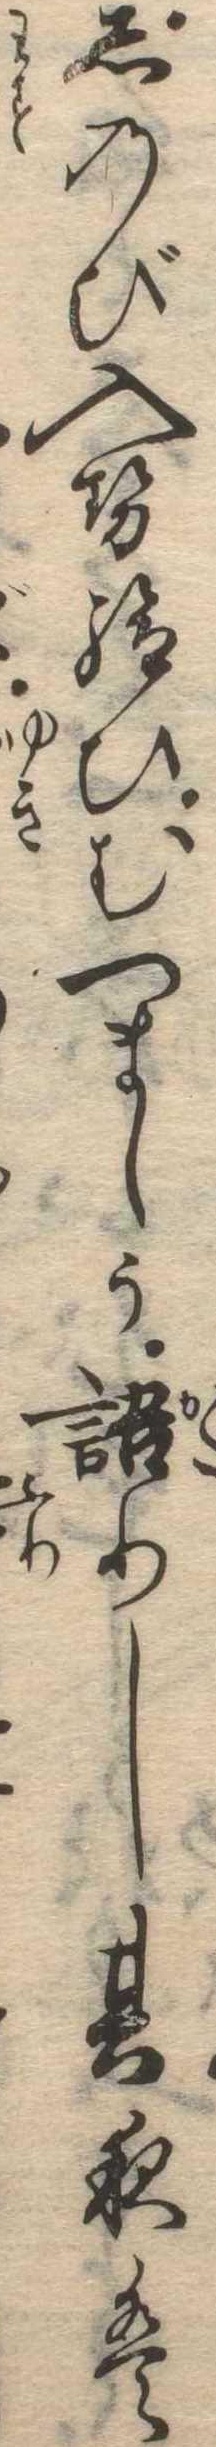
しのび入せ給ひむつましう語りし其夜は